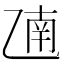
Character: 𫡫